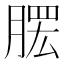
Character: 𦞗